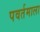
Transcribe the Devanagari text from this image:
पवर्तमाला